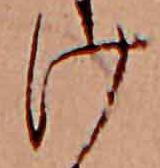
け